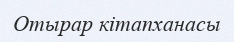
Отырар кітапханасы